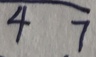
\widehat { 4 7 }